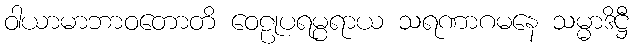
ဝါယာမာဘာဝတောတိ ဝေဠုပရမ္ပရာယ သရဏာဂမနေ သမ္မာဒိဋ္ဌီ